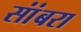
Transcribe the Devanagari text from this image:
सांंबरा